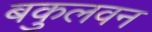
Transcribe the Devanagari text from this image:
बकुलवन